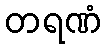
တရဏံ